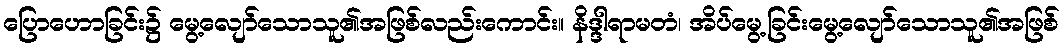
ပြောဟောခြင်း၌ မွေ့လျော်သောသူ၏အဖြစ်လည်းကောင်း။ နိဒ္ဒါရာမတံ၊ အိပ်မွေ့ခြင်းမွေ့လျော်သောသူ၏အဖြစ်